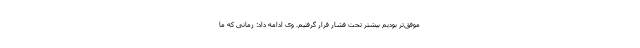
موفق‌تر بودیم بیشتر تحت فشار قرار گرفتیم. وی ادامه داد: زمانی که ما